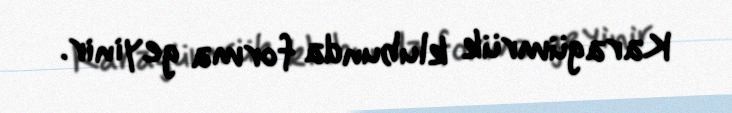
Karagümrük klubunda forma geyinir.